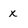
Character: x